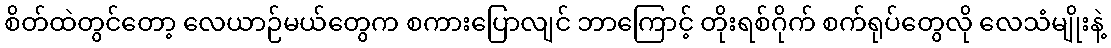
စိတ်ထဲတွင်တော့ လေယာဉ်မယ်တွေက စကားပြောလျင် ဘာကြောင့် တိုးရစ်ဂိုက် စက်ရုပ်တွေလို လေသံမျိုးနဲ့